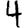
Digit: 4